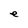
Character: e